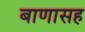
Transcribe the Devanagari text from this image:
बाणासह